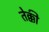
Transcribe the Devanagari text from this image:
तेक्की